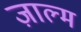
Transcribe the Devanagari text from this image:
ज़ाल्म